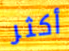
أكثر